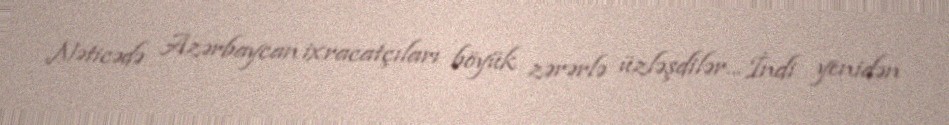
Nəticədə Azərbaycan ixracatçıları böyük zərərlə üzləşdilər... İndi yenidən